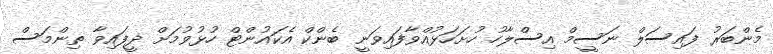
މެންބަރު ފައިސަލް ނަސީމް އިސްލާހު ހުށަހަޅުއްވާފައިވަނީ ބެންކް އެކައުންޓް ހުޅުވުމަށް ދީފައިވާ ތިންމަސް